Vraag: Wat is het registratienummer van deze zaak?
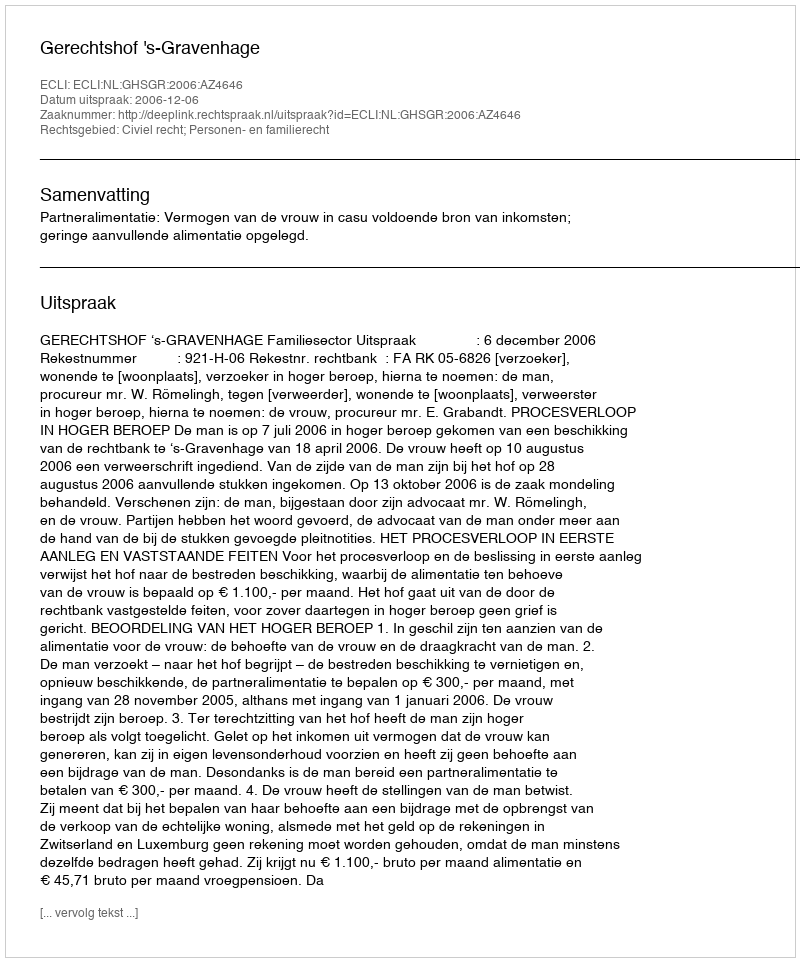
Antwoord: http://deeplink.rechtspraak.nl/uitspraak?id=ECLI:NL:GHSGR:2006:AZ4646